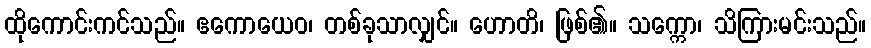
ထိုကောင်းကင်သည်။ ဧကောယေဝ၊ တစ်ခုသာလျှင်။ ဟောတိ၊ ဖြစ်၏။ သက္ကော၊ သိကြားမင်းသည်။